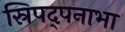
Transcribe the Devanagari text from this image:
स्रिपद्पनाभा